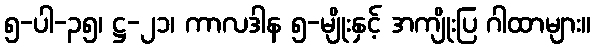
၅-ပါ-၃၅၊ ဋ္ဌ-၂၁၊ ကာလဒါန ၅-မျိုးနှင့် အကျိုးပြ ဂါထာများ။